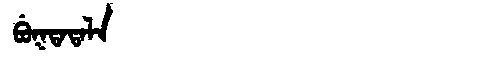
Manchu: ᠪᡠᡴᡨᠠᡨᠠᠯᠠ
Romanization: BUKTATALA